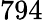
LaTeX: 794